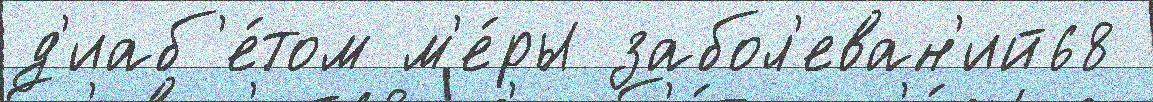
д'иаб'е́том м'е́ры забол'еван'ий68